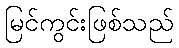
မြင်ကွင်းဖြစ်သည်